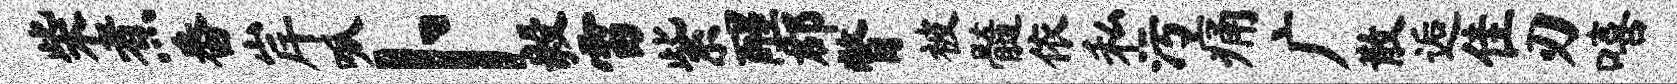
柴煮番岸呱卜毅雷紫醒郡瞥被髓依私污痛广散逅隹刃嘻